65_HS1-834228961_62-HQ-83894_Section_10
Agency: FBI
Page 126
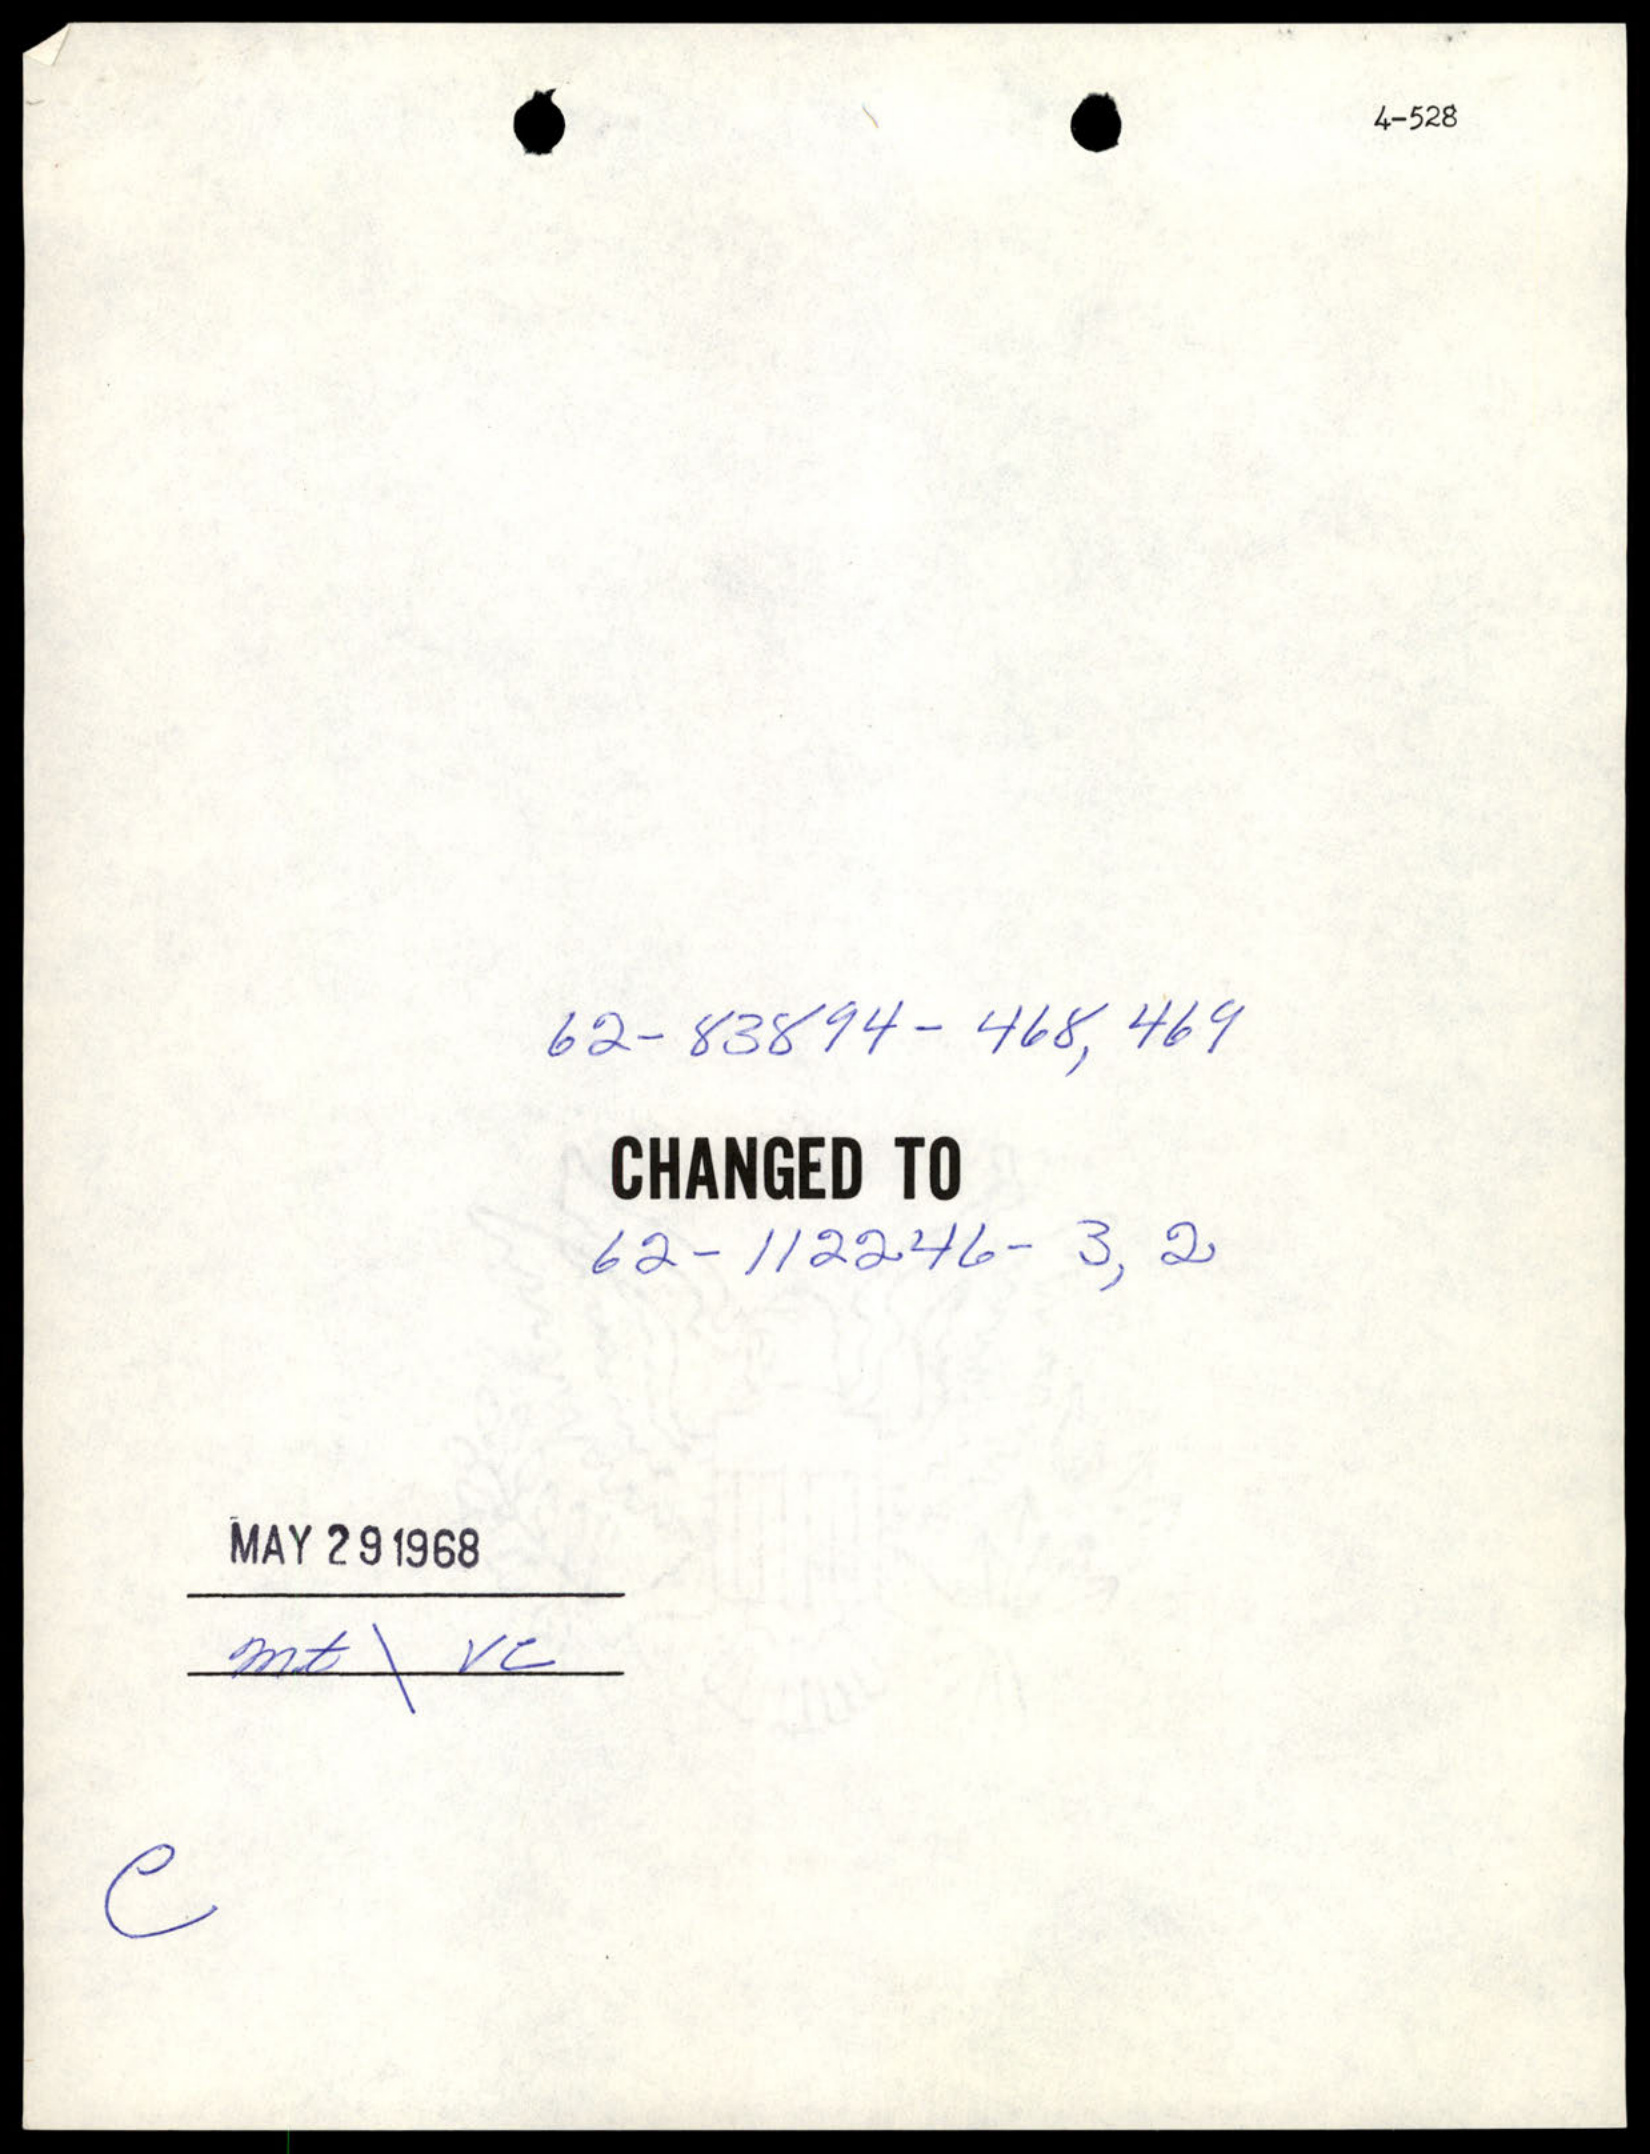